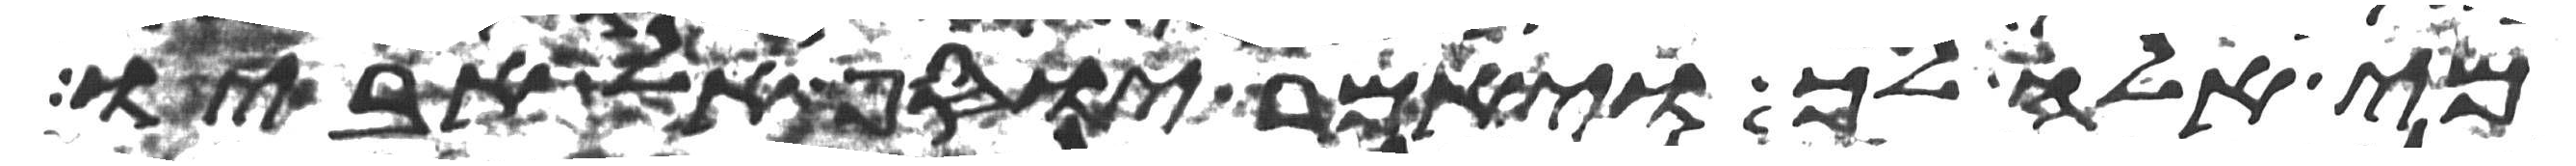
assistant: מי אלה לך ויאמר יוסף אל אביו